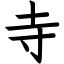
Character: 寺